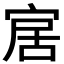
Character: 𡨢